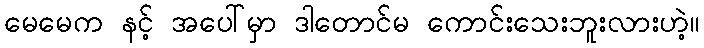
မေမေက နင့် အပေါ်မှာ ဒါတောင်မ ကောင်းသေးဘူးလားဟဲ့။